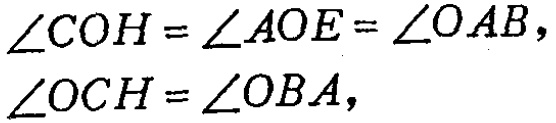
\(\angle COH = \angle AOE = \angle OAB,\)
\(\angle OCH = \angle OBA,\)